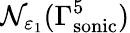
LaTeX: \mathcal{N}_{\varepsilon_{1}}(\Gamma_{\mathrm{sonic}}^{5})